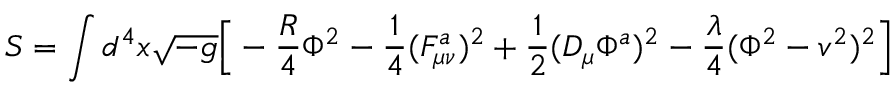
S = \int d ^ { 4 } x \sqrt { - g } \Big [ - { \frac { R } { 4 } } \Phi ^ { 2 } - { \frac { 1 } { 4 } } ( F _ { \mu \nu } ^ { a } ) ^ { 2 } + { \frac { 1 } { 2 } } ( { \cal D } _ { \mu } \Phi ^ { a } ) ^ { 2 } - { \frac { \lambda } { 4 } } ( \Phi ^ { 2 } - v ^ { 2 } ) ^ { 2 } \Big ]